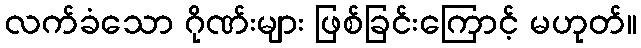
လက်ခံသော ဂိုဏ်းများ ဖြစ်ခြင်းကြောင့် မဟုတ်။